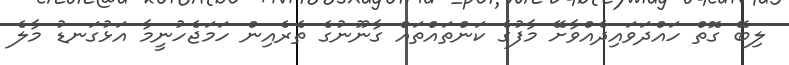
ލިބޭ ގޮތް ހައްދަވައިދެއްވާށޭ މާފުގެ ކަންތައްތައް ގާނޫނުގެ ތެރެއިން ހަމަޖެހުނީމާ އަޅުގަނޑު މާލެ